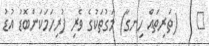
٧    (ތަރިތައް ހިނގާ) މަގުތަކުގެ ވެރި ފުރިހަމަކަންބޮޑު އުޑު